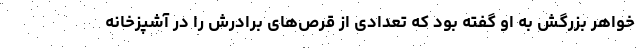
خواهر بزرگش به او گفته بود که تعدادی از قرص‌های برادرش را در آشپزخانه